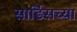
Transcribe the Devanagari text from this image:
सार्डिसच्या